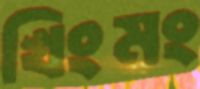
খিংমং